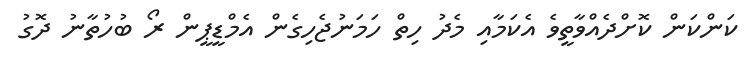
ކަންކަން ކޮށްދެއްވާތީވެ އެކަމާއި މެދު ހިތް ހަމަނުޖެހިގެން އެމްޑީޕީން ރޯ ބުހުތާނު ދޮގު